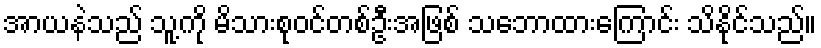
အာယနဲသည် သူ့ကို မိသားစုဝင်တစ်ဦးအဖြစ် သဘောထားကြောင်း သိနိုင်သည်။